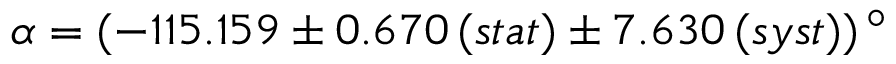
\alpha = ( - 1 1 5 . 1 5 9 \pm 0 . 6 7 0 \, ( s t a t ) \pm 7 . 6 3 0 \, ( s y s t ) ) \, ^ { \circ }